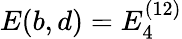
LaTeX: E(b,d)=E_{4}^{(12)}